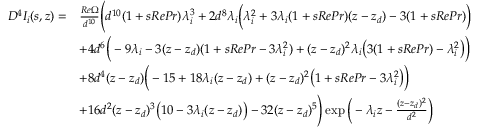
\begin{array} { r l } { D ^ { 4 } I _ { i } ( s , z ) = } & { \frac { R e \Omega } { d ^ { 1 0 } } \Bigg ( d ^ { 1 0 } ( 1 + s R e P r ) \lambda _ { i } ^ { 3 } + 2 d ^ { 8 } \lambda _ { i } \bigg ( \lambda _ { i } ^ { 2 } + 3 \lambda _ { i } ( 1 + s R e P r ) ( z - z _ { d } ) - 3 ( 1 + s R e P r ) \bigg ) } \\ & { + 4 d ^ { 6 } \bigg ( - 9 \lambda _ { i } - 3 ( z - z _ { d } ) ( 1 + s R e P r - 3 \lambda _ { i } ^ { 2 } ) + ( z - z _ { d } ) ^ { 2 } \lambda _ { i } \big ( 3 ( 1 + s R e P r ) - \lambda _ { i } ^ { 2 } \big ) \bigg ) } \\ & { + 8 d ^ { 4 } ( z - z _ { d } ) \bigg ( - 1 5 + 1 8 \lambda _ { i } ( z - z _ { d } ) + ( z - z _ { d } ) ^ { 2 } \big ( 1 + s R e P r - 3 \lambda _ { i } ^ { 2 } \big ) \bigg ) } \\ & { + 1 6 d ^ { 2 } ( z - z _ { d } ) ^ { 3 } \big ( 1 0 - 3 \lambda _ { i } ( z - z _ { d } ) \big ) - 3 2 ( z - z _ { d } ) ^ { 5 } \Bigg ) \exp \bigg ( - \lambda _ { i } z - \frac { ( z - z _ { d } ) ^ { 2 } } { d ^ { 2 } } \bigg ) } \end{array}